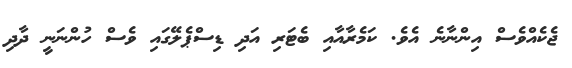
ޖެކެއްވެސް އިންނާނެ އެވެ. ކަމެރާއާއި ބެޓަރި އަދި ޑިސްޕެލޭގައި ވެސް ހުންނަނީ ދާދި